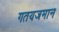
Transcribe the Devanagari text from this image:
गतयजमान